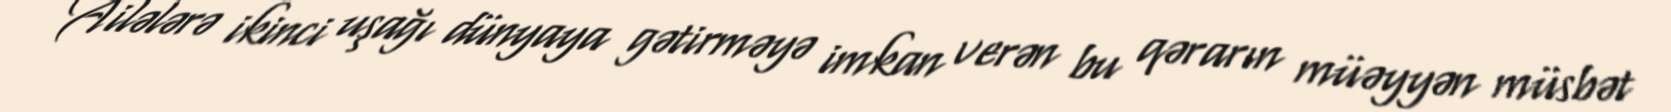
Ailələrə ikinci uşağı dünyaya gətirməyə imkan verən bu qərarın müəyyən müsbət